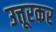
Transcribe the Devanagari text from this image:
उत्तूरकर